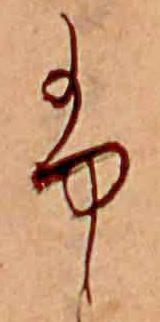
ふ